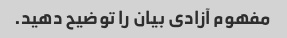
مفهوم آزادی بیان را توضیح دهید.